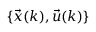
\{ \vec { x } ( k ) , \vec { u } ( k ) \}